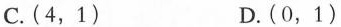
C.(4，1) D.(0，1)